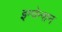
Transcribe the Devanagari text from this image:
इन्वेन्शन